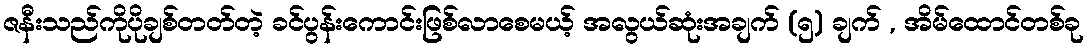
ဇနီးသည်ကိုပိုချစ်တတ်တဲ့ ခင်ပွန်းကောင်းဖြစ်လာစေမယ့် အလွယ်ဆုံးအချက် (၅) ချက် , အိမ်ထောင်တစ်ခု